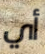
أي